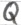
Text: Q